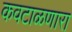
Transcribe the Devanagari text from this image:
कवटाळणारा